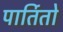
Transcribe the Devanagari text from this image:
पार्तितो